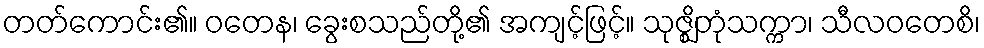
တတ်ကောင်း၏။ ဝတေန၊ ခွေးစသည်တို့၏ အကျင့်ဖြင့်။ သုဇ္ဈိတုံသက္ကာ၊ သီလဝတေစိ၊